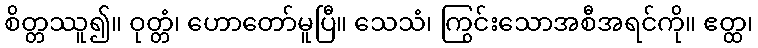
စိတ္တဿူ၍။ ဝုတ္တံ၊ ဟောတော်မူပြီ။ သေသံ၊ ကြွင်းသောအစီအရင်ကို။ ဧတ္ထ၊